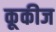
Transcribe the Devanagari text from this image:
कूकीज